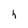
Character: h